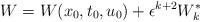
LaTeX: \begin{align*}W=W(x_0,t_0,u_0) + \epsilon^{k+2} W^*_k\end{align*}